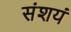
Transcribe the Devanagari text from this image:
संशयं